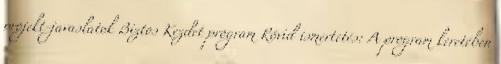
projekt-javaslatok Biztos Kezdet program Rövid ismertetés: A program keretében